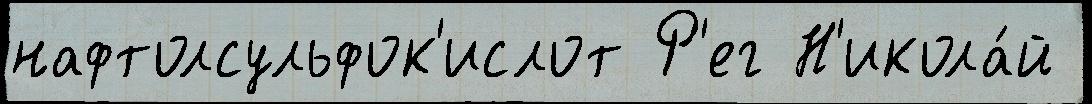
нафтолсульфок'ислот Р'ег Н'икола́й